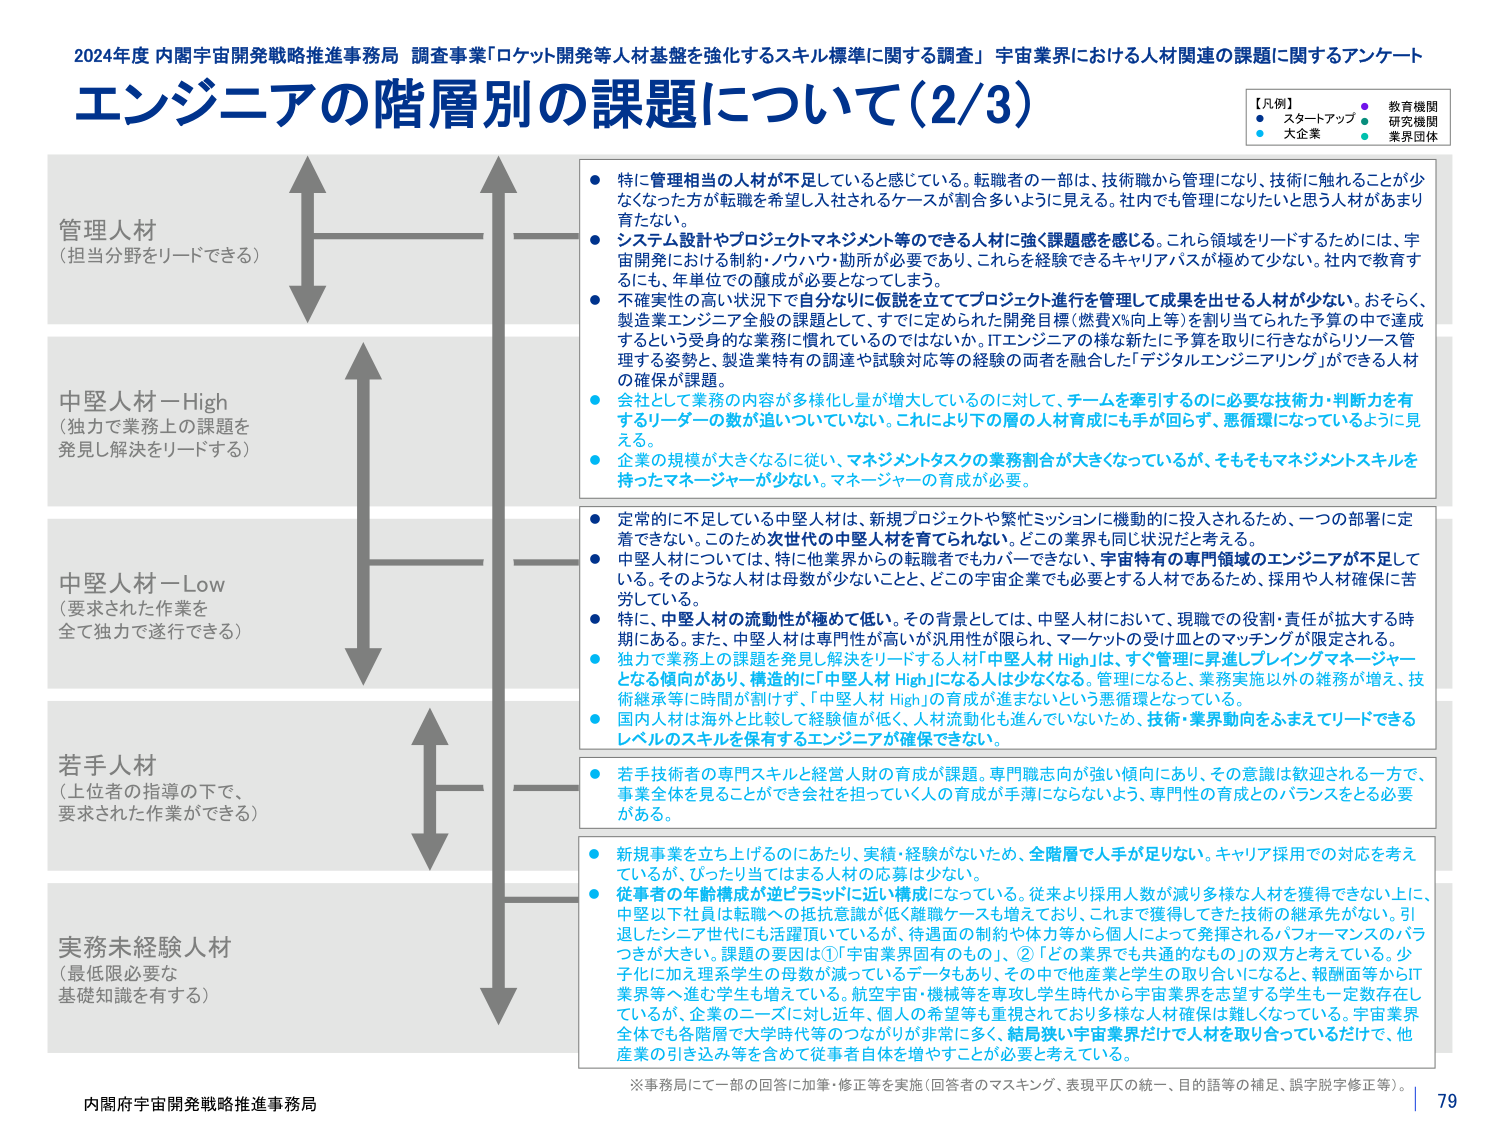
2024年度 内閣宇宙開発戦略推進事務局 調査事業「ロケット開発等人材基盤を強化するスキル標準に関する調査」 宇宙業界における人材関連の課題に関するアンケート
エンジニアの階層別の課題について（2/3）

【凡例】
● スタートアップ
● 教育機関
● 大企業
● 研究機関
● 業界団体

管理人材
（担当分野をリードできる）

中堅人材－High
（独力で業務上の課題を
発見し解決をリードする）

中堅人材－Low
（要求された作業を
全て独力で遂行できる）

若手人材
（上位者の指導の下で、
要求された作業ができる）

実務未経験人材
（最低限必要な
基礎知識を有する）

● 特に管理相当の人材が不足していると感じている。転職者の一部は、技術職から管理になり、技術に触れることが少なくなった方が転職を希望し入社されるケースが割合多いように見える。社内でも管理になりたいと思う人材があまり育たない。
● システム設計やプロジェクトマネジメント等のできる人材に強く課題感を感じる。これら領域をリードするためには、宇宙開発における制約・ノウハウ・勘所が必要であり、これらを経験できるキャリアパスが極めて少ない。社内で教育するにも、年単位での醸成が必要となっている。
● 不確実性の高い状況下で自分なりに仮説を立ててプロジェクト進行を管理して成果を出せる人材が少ない。おそらく、製造業エンジニア全般の課題として、すでに定められた開発目標（燃費X%向上等）を割り当てられてそれた予算の中で達成するという受身的な業務に慣れているのではないか。ITエンジニアの様な新たに予算を取りに行きながらリソース管理する姿勢と、製造業特有の調達や試験対応等の経験の両者を融合した「デジタルエンジニアリング」ができる人材の確保が課題。
● 会社として業務の内容が多様化し量が増大しているのに対して、チームを牽引するのに必要な技術力・判断力を有するリーダーの数が追いついていない。これにより下の層の人材育成にも手が回らず、悪循環になっているように見える。
● 企業の規模が大きくなるに従い、マネジメントタスクの業務割合が大きくなっているが、そもそもマネジメントスキルを持ったマネージャーが少ない。マネージャーの育成が必要。

● 定常的に不足している中堅人材は、新規プロジェクトや繁忙ミッションに機動的に投入されるため、一つの部署に定着できない。このため次世代の中堅人材を育てられない。どこの業界も同じ状況だと考える。
● 中堅人材については、特に他業界からの転職者でもカバーできない、宇宙特有の専門領域のエンジニアが不足している。そのような人材は母数が少ないことと、どこの宇宙企業でも必要とする人材であるため、採用や人材確保に苦労している。
● 特に、中堅人材の流動性が極めて低い。その背景としては、中堅人材において、現職での役割・責任が拡大する時期にある。また、中堅人材は専門性が高いが汎用性が限られ、マーケットの受け皿とのマッチングが限定される。
● 独力で業務上の課題を発見し解決をリードする人材「中堅人材 High」は、すぐ管理に昇進しプレイングマネージャーとなる傾向があり、構造的に「中堅人材 High」になる人は少なくなる。管理になると、業務実施以外の雑務が増え、技術継承等に時間が割けず、「中堅人材 High」の育成が進まないという悪循環となっている。
● 国内人材は海外と比較して経験値が低く、人材流動化も進んでいないため、技術・業界動向をふまえてリードできるレベルのスキルを保有するエンジニアが確保できない。

● 若手技術者の専門スキルと経験人財の育成が課題。専門職志向が強い傾向にあり、その意識は歓迎される一方で、事業全体を見ることができる会社を担っていく人の育成が手薄にならないよう、専門性の育成とのバランスをとる必要がある。

● 新規事業を立ち上げるのにあたり、実績・経験がないため、全階層で人手が足りない。キャリア採用での対応を考えているが、ぴったり当てはまる人材の応募は少ない。
● 従事者の年齢構成が逆ピラミッドに近い構成になっている。従来より採用人数が減り多様な人材を獲得できない上に、中堅以下社員は転職への抵抗意識が低く離職ケースも増えており、これまで獲得してきた技術の継承先がない。引退したシニア世代にも活躍頂いているが、待遇面の制約や体力等から個人によって発揮されるパフォーマンスのバラつきが大きい。課題の要因は①「宇宙業界固有のもの」、②「どの業界でも共通的なもの」の双方と考えている。少子化に加え理系学生の母数が減っているデータもあり、その中で他産業と学生の取り合いになる、報酬面等からIT業界等へ進む学生も増えている。航空宇宙・機械等を専攻し学生時代から宇宙業界を志望する学生も一定数存在しているが、企業のニーズに対し近年、個人の希望等も重視されており多様な人材確保は難しくなっている。宇宙業界全体でも各階層で大卒時代等のつながりが非常に多く、結局狭い宇宙業界だけで人材を取り合っているだけで、他産業の引き込み等を含めて従事者自体を増やすことが必要と考えている。

※事務局にて一部の回答に加筆・修正等を実施（回答者のマスキング、表現平仄の統一、目的語等の補足、誤字脱字修正等）。

内閣府宇宙開発戦略推進事務局
79